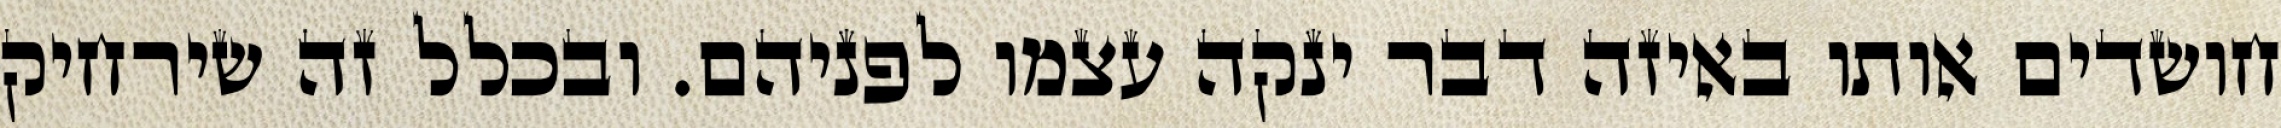
חושדים אותו באיזה דבר ינקה עצמו לפניהם. ובכלל זה שירחיק